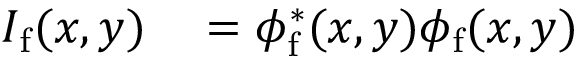
\begin{array} { r l } { I _ { \mathrm { f } } ( x , y ) } & { { } = \phi _ { \mathrm { f } } ^ { * } ( x , y ) \phi _ { \mathrm { f } } ( x , y ) } \end{array}